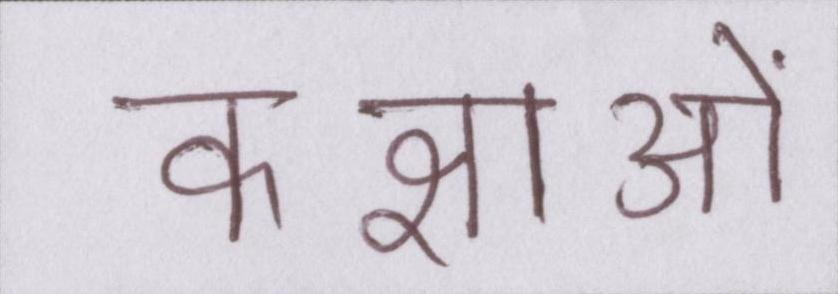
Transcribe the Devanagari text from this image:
कक्षाओं